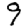
Digit: 9